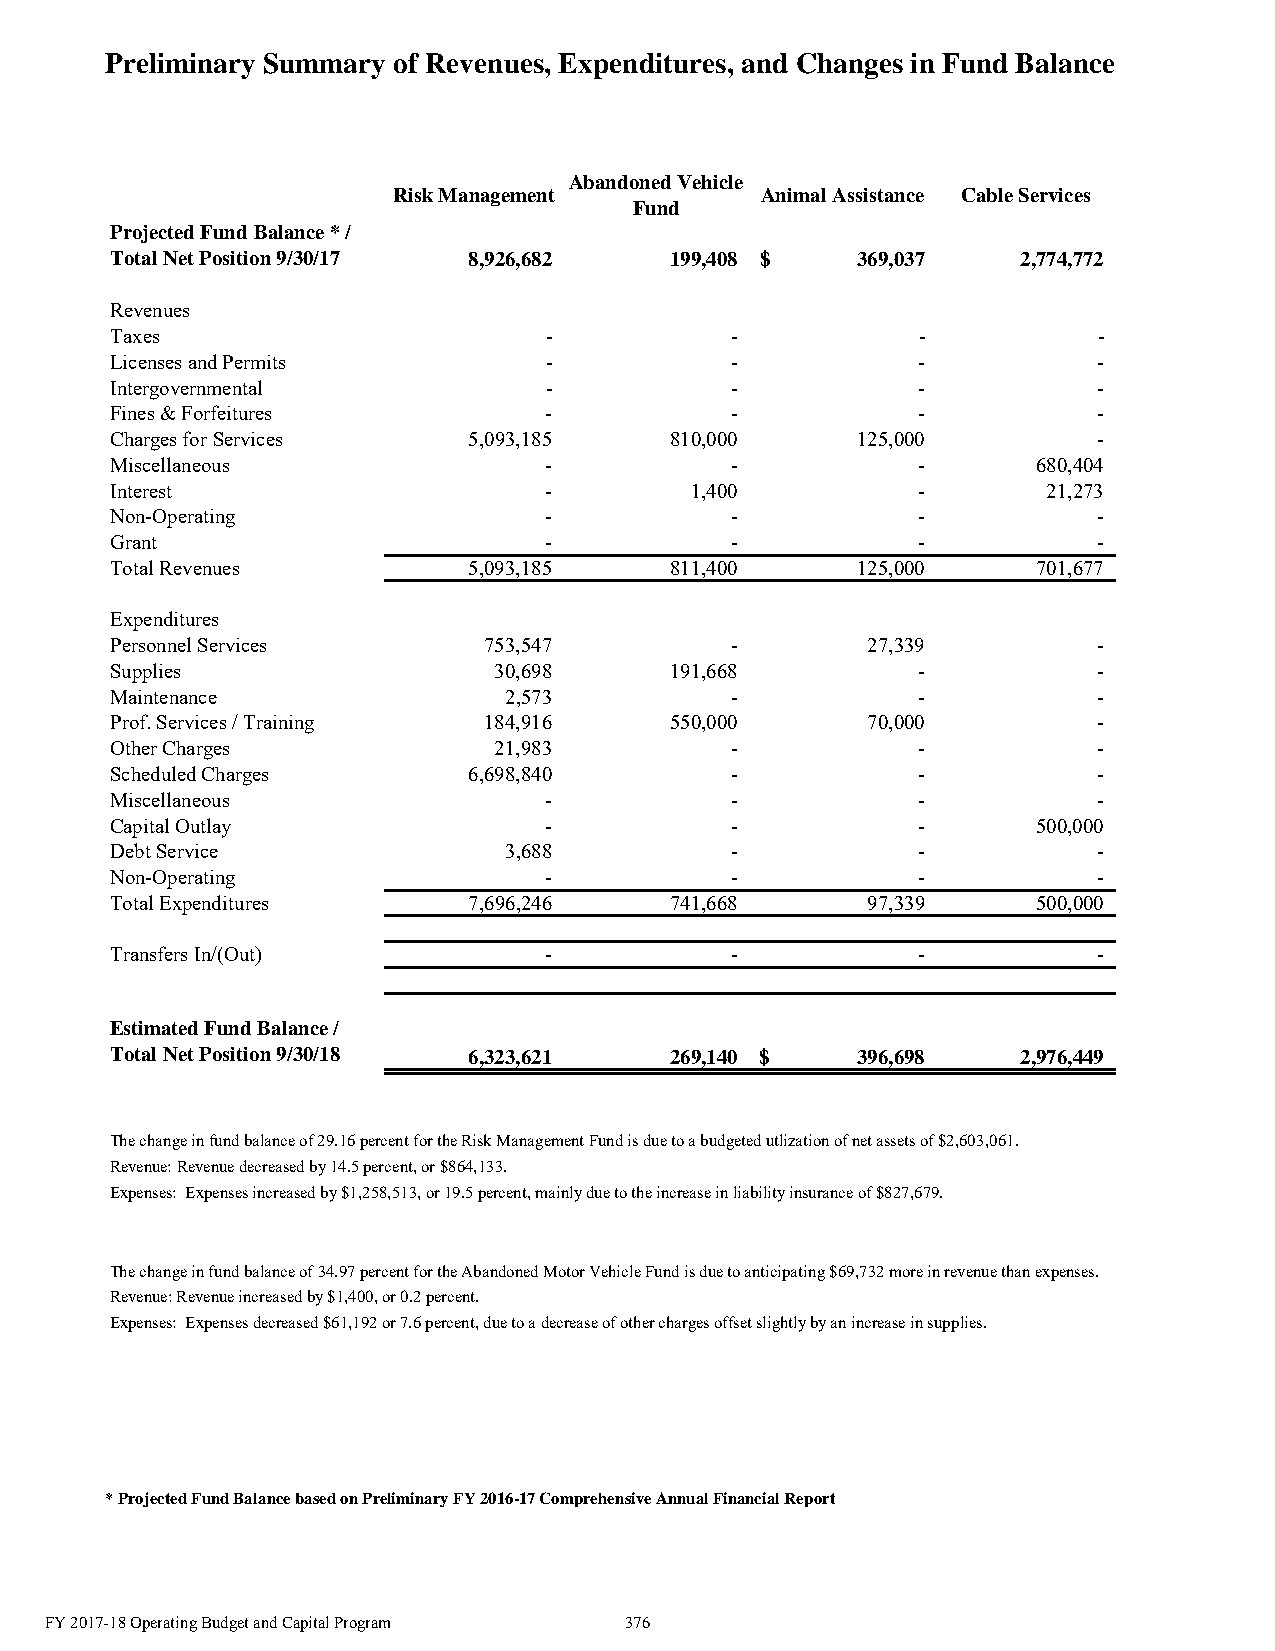
Preliminary Summary of Revenues, Expenditures, and Changes in Fund Balance
 Abandoned Vehicle
 Risk Management         Animal Assistance Cable Services
 Fund
 Projected Fund Balance * /
 Total Net Position 9/30/17 8 ,926,682 199,408 $   369,037    2 ,774,772
 Revenues
 Taxes                        -           -            -           -
 Licenses and Permits         -           -            -           -
 Intergovernmental            -           -            -           -
 Fines & Forfeitures          -           -            -           -
 Charges for Services    5,093,185    810,000      125,000         -
 Miscellaneous                -           -            -       680,404
 Interest                     -         1,400          -       2 1,273
 Non-Operating                -           -            -           -
 Grant                        -           -            -           -
 Total Revenues          5,093,185    811,400      125,000     701,677
 Expenditures
 Personnel Services       753,547         -        27,339          -
 Supplies                  3 0,698    191,668          -           -
 Maintenance               2,573          -            -           -
 Prof. Services / Training 184,916    550,000      70,000          -
 Other Charges             21,983         -            -           -
 Scheduled Charges       6,698,840        -            -           -
 Miscellaneous                -           -            -           -
 Capital Outlay               -           -            -       500,000
 Debt Service              3,688          -            -           -
 Non-Operating                -           -            -           -
 Total Expenditures      7,696,246    741,668      97,339      500,000
 Transfers In/(Out)           -           -            -           -
 Estimated Fund Balance /
 Total Net Position 9/30/18 6 ,323,621 269,140 $   396,698    2 ,976,449
 The change in fund balance of 29.16 percent for the Risk Management Fund is due to a budgeted utlization of net assets of $2,603,061.
 Revenue: Revenue decreased by 14.5 percent, or $864,133.
 Expenses: Expenses increased by $1,258,513, or 19.5 percent, mainly due to the increase in liability insurance of $827,679.
 The change in fund balance of 34.97 percent for the Abandoned Motor Vehicle Fund is due to anticipating $69,732 more in revenue than expenses.
 Revenue: Revenue increased by $1,400, or 0.2 percent.
 Expenses: Expenses decreased $61,192 or 7.6 percent, due to a decrease of other charges offset slightly by an increase in supplies.
 *Projected Fund Balance based on Preliminary FY 2016-17 Comprehensive Annual Financial Report
 FY 2017-18 Operating Budget and Capital Program 376